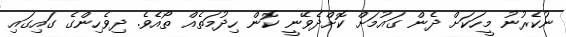
ނުކެރުނު މީހަކަށް ދެން ގައުމަށް ކޮށްދެވޭނީ ކޮން ހިދުމަތެއް ތޯއެވެ. ދިވެހިންގެ ގައިގައި